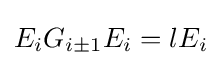
E_{i}G_{i\pm 1}E_{i}=lE_{i}